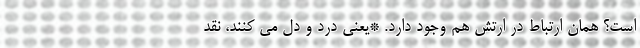
است؟ همان ارتباط در ارتش هم وجود دارد. *یعنی درد و دل می کنند، نقد